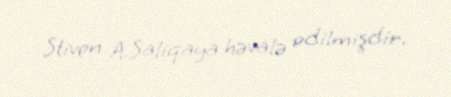
Stiven A.Saliqaya həvalə edilmişdir.